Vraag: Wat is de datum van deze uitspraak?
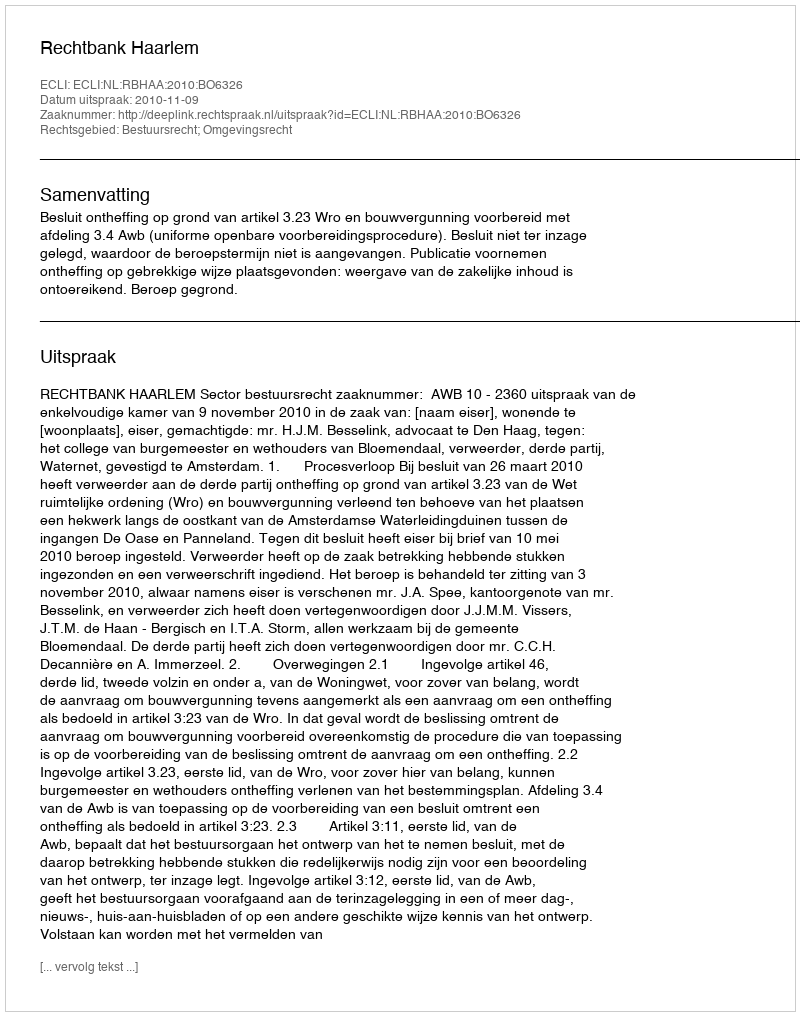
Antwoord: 2010-11-09